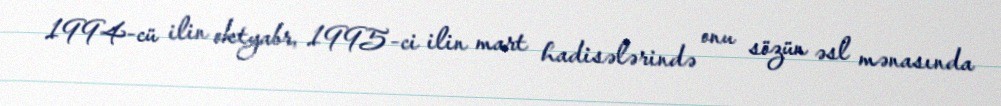
1994-cü ilin oktyabr, 1995-ci ilin mart hadisələrində onu sözün əsl mənasında